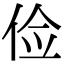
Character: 俭